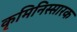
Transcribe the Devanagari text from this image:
कृमिनिस्सारक